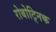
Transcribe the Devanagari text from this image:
रोबोट्निक